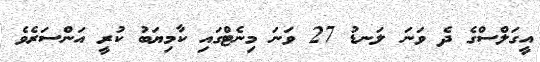
އީގަލްސްގެ ދެ ވަނަ ލަނޑު 27 ވަނަ މިނެޓްގައި ކާމިޔަބު ކުރީ އަންސަރެވެ